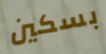
بسكين